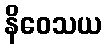
နိဝေသယ